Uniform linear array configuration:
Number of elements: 8
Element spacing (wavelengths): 0.5
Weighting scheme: binomial
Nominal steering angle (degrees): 60
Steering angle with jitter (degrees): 59.536
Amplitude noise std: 0.05
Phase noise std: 0.05

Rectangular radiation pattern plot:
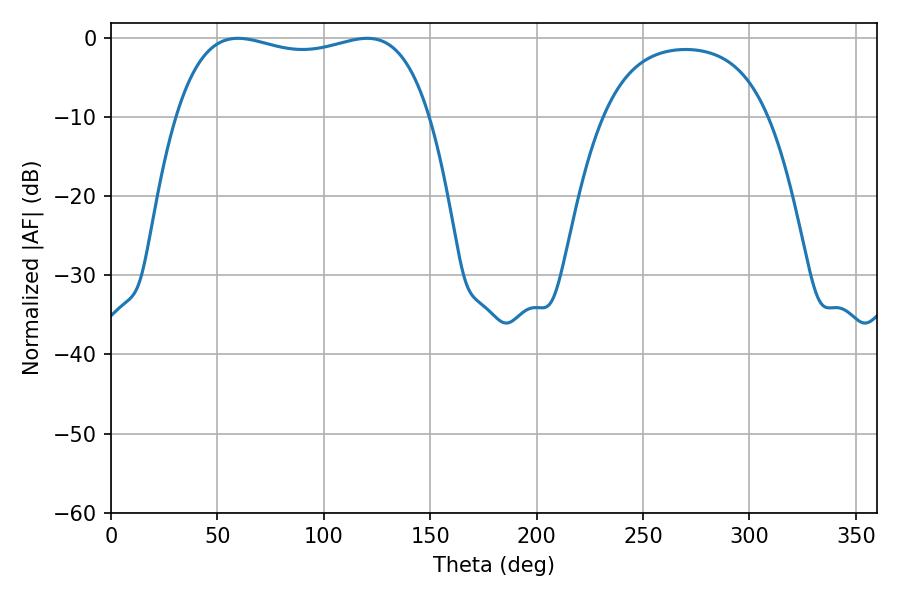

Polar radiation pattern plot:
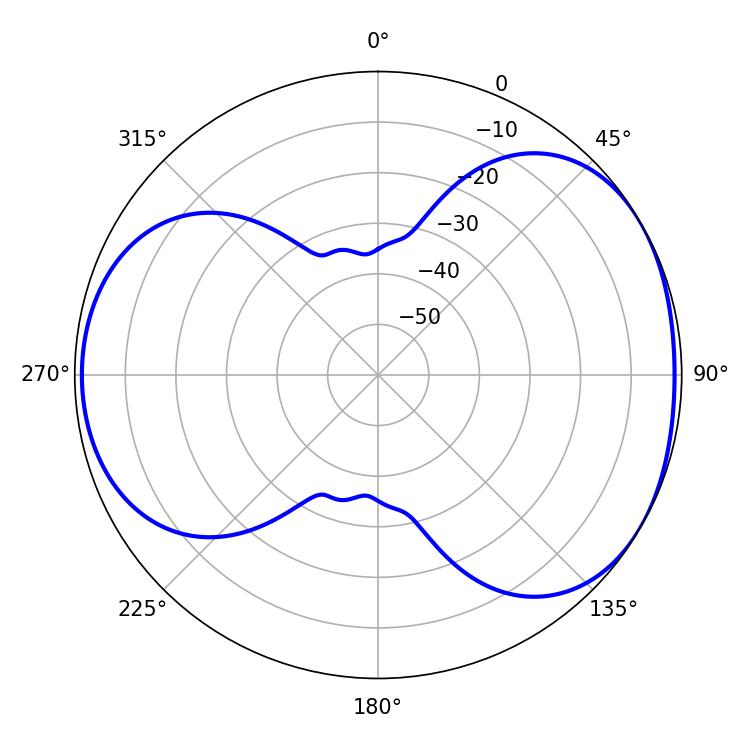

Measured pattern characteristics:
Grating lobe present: FALSE
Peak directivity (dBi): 4.556
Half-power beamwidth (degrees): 96.48
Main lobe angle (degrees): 59.58